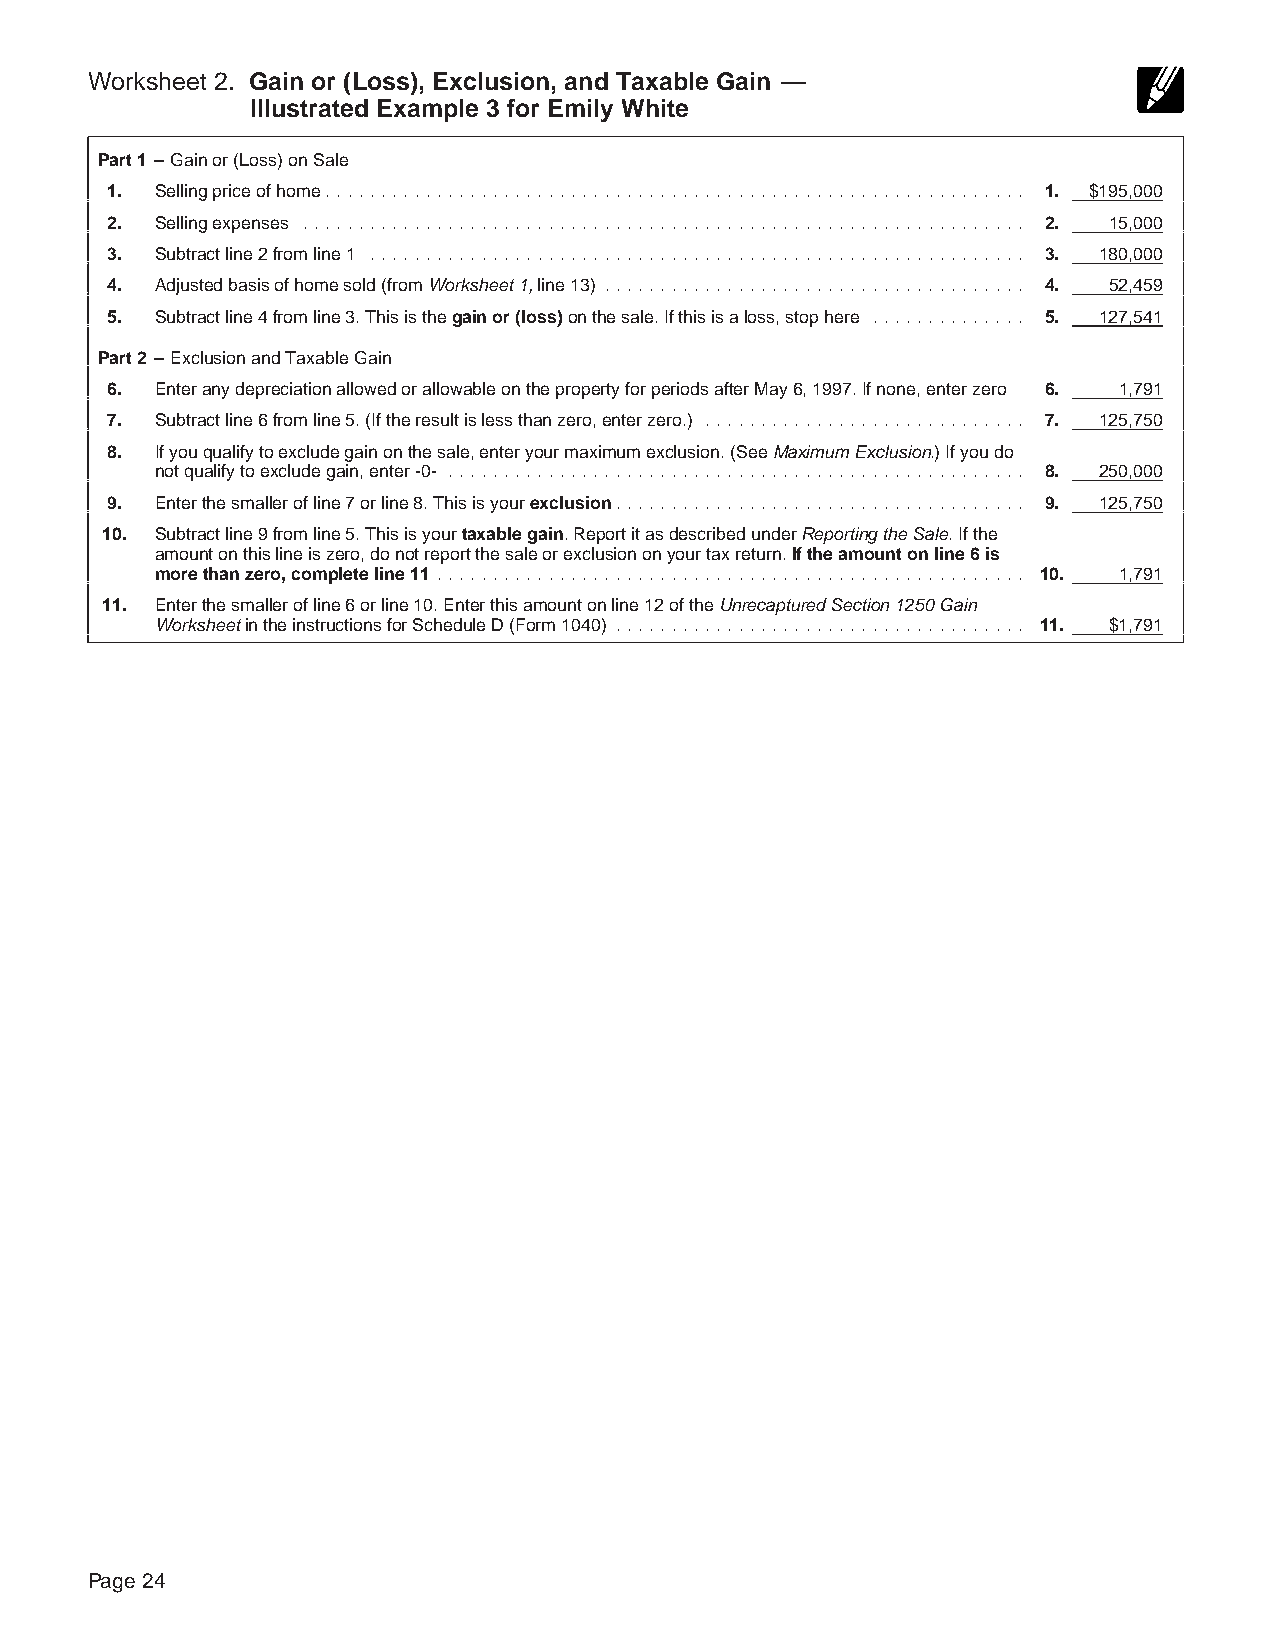
Page 24 of 32 of Publication 523                        15:51 - 18-NOV-2004
 The type and rule above prints on all proofs including departmental reproduction proofs. MUST be removed before printing.
 Worksheet 2. Gain or (Loss), Exclusion, and Taxable Gain —
 Illustrated Example 3 for Emily White
 Part 1 – Gain or (Loss) on Sale
 1. Selling price of home............................................................... 1. $195,000
 2. Selling expenses ................................................................. 2. 15,000
 3. Subtract line 2 from line 1 ........................................................... 3. 180,000
 4. Adjusted basis of home sold (from Worksheet 1, line 13) ...................................... 4. 52,459
 5. Subtract line 4 from line 3. This is the gain or (loss) on the sale. If this is a loss, stop here .............. 5. 127,541
 Part 2 – Exclusion and Taxable Gain
 6. Enter any depreciation allowed or allowable on the property for periods after May 6, 1997. If none, enter zero 6. 1,791
 7. Subtract line 6 from line 5. (If the result is less than zero, enter zero.) ............................. 7. 125,750
 8. If you qualify to exclude gain on the sale, enter your maximum exclusion. (See Maximum Exclusion.) If you do
 not qualify to exclude gain, enter -0- .................................................... 8. 250,000
 9. Enter the smaller of line 7 or line 8. This is your exclusion..................................... 9. 125,750
 10. Subtract line 9 from line 5. This is your taxable gain. Report it as described under Reporting the Sale. If the
 amount on this line is zero, do not report the sale or exclusion on your tax return. If the amount on line 6 is
 more than zero, complete line 11 ..................................................... 10. 1,791
 11. Enter the smaller of line 6 or line 10. Enter this amount on line 12 of the Unrecaptured Section 1250 Gain
 Worksheet in the instructions for Schedule D (Form 1040) ..................................... 11. $1,791
 Page 24